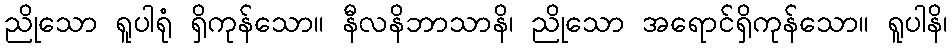
ညိုသော ရူပါရုံ ရှိကုန်သော။ နီလနိဘာသာနိ၊ ညိုသော အရောင်ရှိကုန်သော။ ရူပါနိ၊